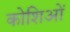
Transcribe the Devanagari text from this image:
कोशिओं